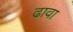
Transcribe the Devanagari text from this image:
ढावा